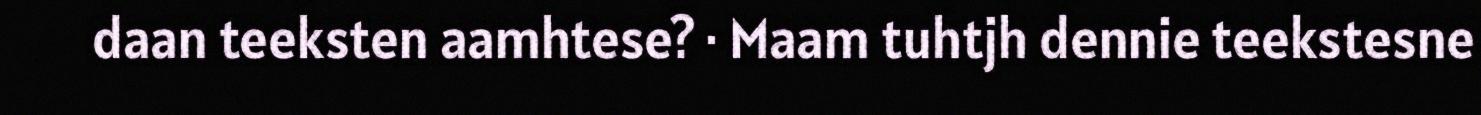
daan teeksten aamhtese? · Maam tuhtjh dennie teekstesne